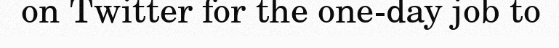
on Twitter for the one-day job to